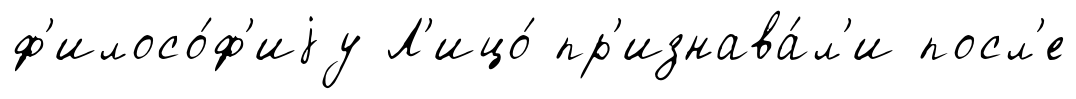
ф'илосо́ф'иjу Л'ицо́ пр'изнава́л'и посл'е